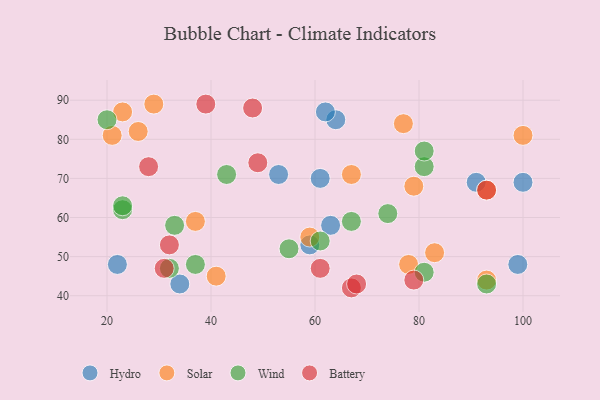
{"axis": {"x": "GDP", "y": "Life Expectancy"}, "legend": ["Battery", "Hydro", "Solar", "Wind"], "data": [{"x": "59", "y": 53, "type": "Hydro"}, {"x": "99", "y": 48, "type": "Hydro"}, {"x": "22", "y": 48, "type": "Hydro"}, {"x": "63", "y": 58, "type": "Hydro"}, {"x": "91", "y": 69, "type": "Hydro"}, {"x": "61", "y": 70, "type": "Hydro"}, {"x": "53", "y": 71, "type": "Hydro"}, {"x": "64", "y": 85, "type": "Hydro"}, {"x": "62", "y": 87, "type": "Hydro"}, {"x": "34", "y": 43, "type": "Hydro"}, {"x": "100", "y": 69, "type": "Hydro"}, {"x": "67", "y": 71, "type": "Solar"}, {"x": "78", "y": 48, "type": "Solar"}, {"x": "100", "y": 81, "type": "Solar"}, {"x": "41", "y": 45, "type": "Solar"}, {"x": "93", "y": 44, "type": "Solar"}, {"x": "23", "y": 87, "type": "Solar"}, {"x": "21", "y": 81, "type": "Solar"}, {"x": "29", "y": 89, "type": "Solar"}, {"x": "93", "y": 67, "type": "Solar"}, {"x": "26", "y": 82, "type": "Solar"}, {"x": "37", "y": 59, "type": "Solar"}, {"x": "79", "y": 68, "type": "Solar"}, {"x": "83", "y": 51, "type": "Solar"}, {"x": "77", "y": 84, "type": "Solar"}, {"x": "59", "y": 55, "type": "Solar"}, {"x": "81", "y": 73, "type": "Wind"}, {"x": "81", "y": 77, "type": "Wind"}, {"x": "23", "y": 62, "type": "Wind"}, {"x": "74", "y": 61, "type": "Wind"}, {"x": "81", "y": 46, "type": "Wind"}, {"x": "55", "y": 52, "type": "Wind"}, {"x": "32", "y": 47, "type": "Wind"}, {"x": "23", "y": 63, "type": "Wind"}, {"x": "20", "y": 85, "type": "Wind"}, {"x": "61", "y": 54, "type": "Wind"}, {"x": "37", "y": 48, "type": "Wind"}, {"x": "67", "y": 59, "type": "Wind"}, {"x": "43", "y": 71, "type": "Wind"}, {"x": "93", "y": 43, "type": "Wind"}, {"x": "33", "y": 58, "type": "Wind"}, {"x": "48", "y": 88, "type": "Battery"}, {"x": "39", "y": 89, "type": "Battery"}, {"x": "32", "y": 53, "type": "Battery"}, {"x": "67", "y": 42, "type": "Battery"}, {"x": "68", "y": 43, "type": "Battery"}, {"x": "61", "y": 47, "type": "Battery"}, {"x": "28", "y": 73, "type": "Battery"}, {"x": "93", "y": 67, "type": "Battery"}, {"x": "79", "y": 44, "type": "Battery"}, {"x": "49", "y": 74, "type": "Battery"}, {"x": "31", "y": 47, "type": "Battery"}]}